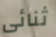
ثنائى